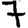
Digit: 7